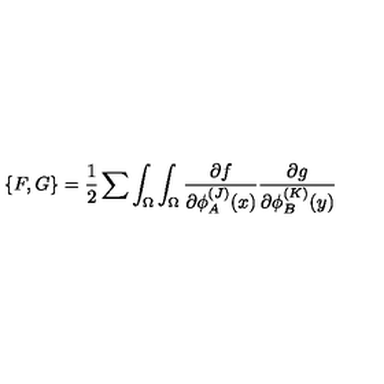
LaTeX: \{ F , G \} = { \frac { 1 } { 2 } } \sum \int _ { \Omega } \int _ { \Omega } { \frac { \partial f } { \partial \phi _ { A } ^ { ( J ) } ( x ) } } { \frac { \partial g } { \partial \phi _ { B } ^ { ( K ) } ( y ) } }